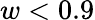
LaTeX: w<0.9